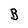
Character: B